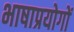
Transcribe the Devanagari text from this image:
भाषाप्रयोगों